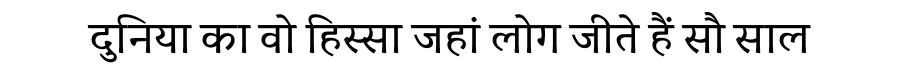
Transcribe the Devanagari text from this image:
दुनिया का वो हिस्सा जहां लोग जीते हैं सौ साल